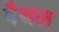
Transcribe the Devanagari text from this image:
बैथल